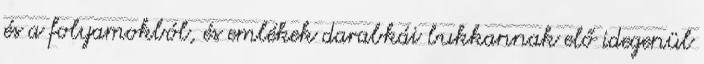
és a folyamokból, és emlékek darabkái bukkannak elő idegenül